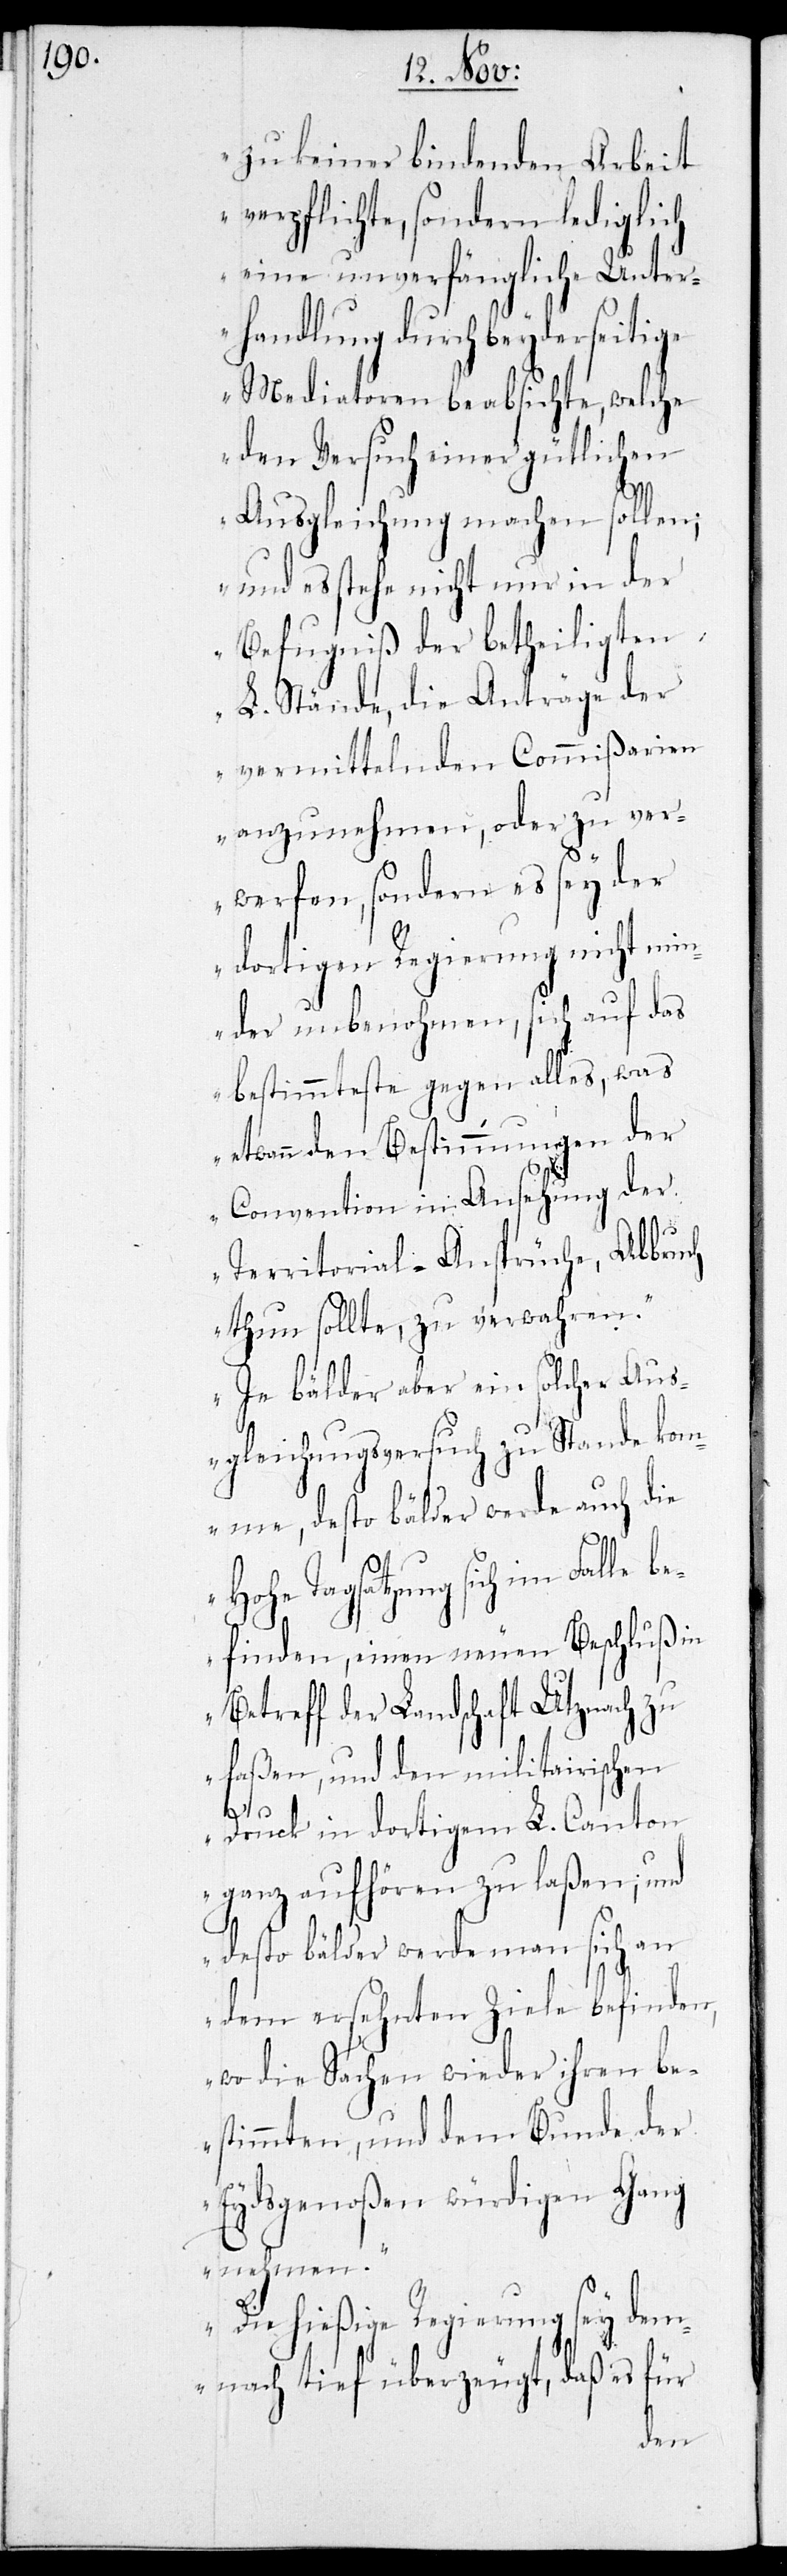
zu keiner bindenden Arbeit
verpflichte, sondern lediglich
eine unverfängliche Unter¬
handlung durch beyderseitige
Mediatoren beabsichte, welche
den Versuch einer gütlichen
Ausgleichung machen sollen;
und es stehe nicht nur in der
Befugniß der betheiligten
L. Stände, die Anträge der
vermittelnden Commißarien
ehmen, sondern es sey der
dortigen Regierung nicht min¬
der unbenohemen, sich auf das
bestimmteste gegen alles, was
etwann den Bestimmungen der
Convention in Ansehung der
Territorial-Ansprüche, Abbruch
thun sollte, zu verwahren.
Je bälder aber ein solcher Aus¬
gleichungsversuch zu Stande kom¬
me, desto bälder werde auch die
Hohe Tagsatzung sich im Falle
finden, einen neuen Beschluß in
Betreff der Landschaft Utznach zu
faßen, und den militairischen
be¬
Druck in dortigem L. Canton
ganz aufhören zu laßen; und
desto bälder werde man sich an
dem ersehnten Ziele befinden,
wo die Sachen wieder ihren be¬
stimmten, und den Bunde der
Eydsgenoßen würdigen Gang
nehmen.
Die hießige Regierung sey dem¬
nach tief überzeugt, daß es für